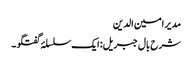
مدیر امین الدین
شرح بال جبریل: ایک سلسلۂ گفتگو ۔